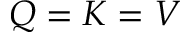
Q = K = V